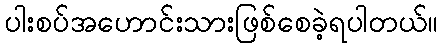
ပါးစပ်အဟောင်းသားဖြစ်စေခဲ့ရပါတယ်။